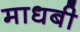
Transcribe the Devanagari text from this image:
माधबी